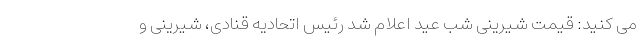
می کنید: قیمت شیرینی شب عید اعلام شد رئیس اتحادیه قنادی، شیرینی و